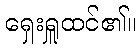
ရှေးရှူထင်၏။